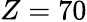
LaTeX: Z=70